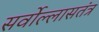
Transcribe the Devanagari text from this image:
सर्वोल्लासतंत्र